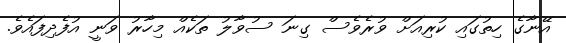
އޭނާގެ ހިތުގައި ކުރިއަށް ވުރެވެސް ގިނަ ސުވާލު ތަކެއް މިހާރު ވަނީ އުފެދިފައެވެ.